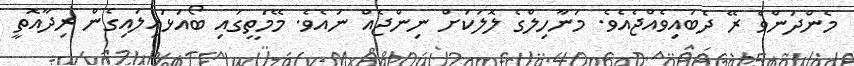
މެންދަންވެ ރޭ ދެބައިވެއްޖެއެވެ. މަނާހިލްގެ ލޮލަކަށް ނިންޖެއް ނައެވެ. މޭމަތީގައި ބޯއަޅައިލައިގެން ރިދާއޮތީ